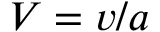
V = v / a